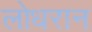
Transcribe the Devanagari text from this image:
लोधरान